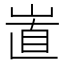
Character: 𡸽